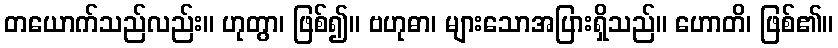
တယောက်သည်လည်း။ ဟုတွာ၊ ဖြစ်၍။ ဗဟုဓာ၊ များသောအပြားရှိသည်။ ဟောတိ၊ ဖြစ်၏။